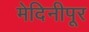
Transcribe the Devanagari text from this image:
मेदिनीपूर